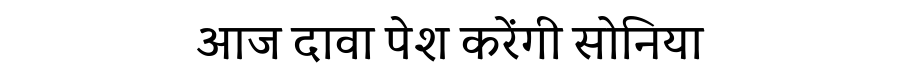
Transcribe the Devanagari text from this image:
आज दावा पेश करेंगी सोनिया